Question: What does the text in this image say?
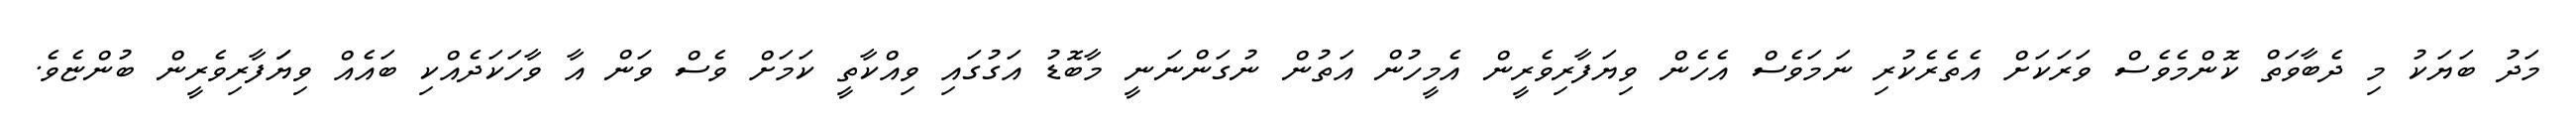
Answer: މަދު ބަޔަކު މި ދެބާވަތް ކޮންމެވެސް ވަރަކަށް އެތެރެކުރި ނަމަވެސް އެހެން ވިޔަފާރިވެރީން އެމީހުން އަތުން ނުގަންނަނީ މާބޮޑު އަގުގައި ވިއްކާތީ ކަމަށް ވެސް ވަން އާ ވާހަކަދެއްކި ބައެއް ވިޔަަފާރިވެރީން ބުންޏެވެ.